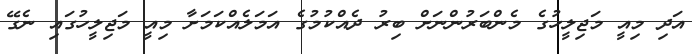
އަދި މިއީ މަޖިލީހުގެ މެންބަރުންނަށް ބިރު ދެއްކުމުގެ އަމަލެއްކަމަށާ މިއީ މަޖިލީހުގައި ނެގޭ